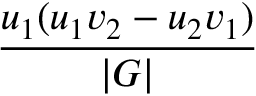
\frac { u _ { 1 } ( u _ { 1 } v _ { 2 } - u _ { 2 } v _ { 1 } ) } { | G | }